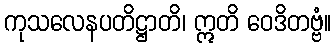
ကုသလေနပတိဋ္ဌာတိ၊ ဣတိ ဝေဒိတဗ္ဗံ။